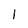
Character: 1